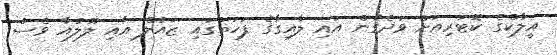
އީލާކްގެ ކޮޓަރިއަށް ވަދެގެން އައި ލާއިގާގެ ފަހަތުގައި ޒައުލް އާއި ލޫލުއާ ވެސް